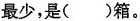
最少，是()箱。